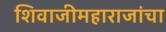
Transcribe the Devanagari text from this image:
शिवाजीमहाराजांचा